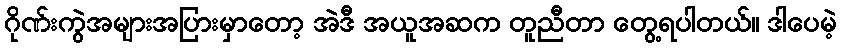
ဂိုဏ်းကွဲအများအပြားမှာတော့ အဲဒီ အယူအဆက တူညီတာ တွေ့ရပါတယ်။ ဒါပေမဲ့